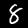
Label: 8